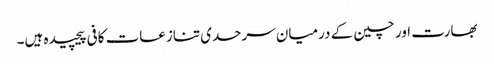
بھارت اور چین کے درمیان سرحدی تنازعات کافی پیچیدہ ہیں۔